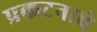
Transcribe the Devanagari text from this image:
प्रकटनाचे